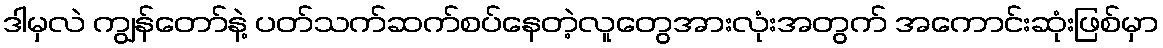
ဒါမှလဲ ကျွန်တော်နဲ့ ပတ်သက်ဆက်စပ်နေတဲ့လူတွေအားလုံးအတွက် အကောင်းဆုံးဖြစ်မှာ